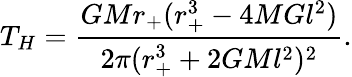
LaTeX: T_{H}=\frac{GMr_{+}(r_{+}^{3}-4MGl^{2})}{2\pi(r_{+}^{3}+2GMl^{2})^{2}}.